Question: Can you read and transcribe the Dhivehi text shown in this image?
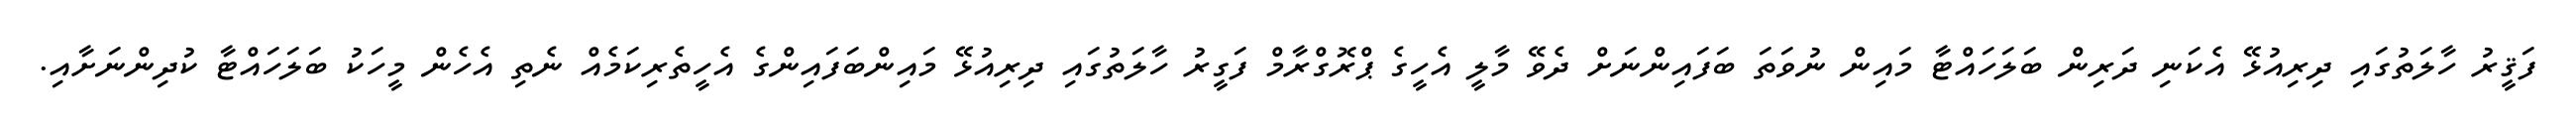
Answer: ފަޤީރު ހާލަތުގައި ދިރިއުޅޭ އެކަނި ދަރިން ބަލަހައްޓާ މައިން ނުވަތަ ބަފައިންނަށް ދެވޭ މާލީ އެހީގެ ޕްރޮގްރާމް ފަގީރު ހާލަތުގައި ދިރިއުޅޭ މައިންބަފައިންގެ އެހީތެރިކަމެއް ނެތި އެހެން މީހަކު ބަލަހައްޓާ ކުދިންނަށާއި.